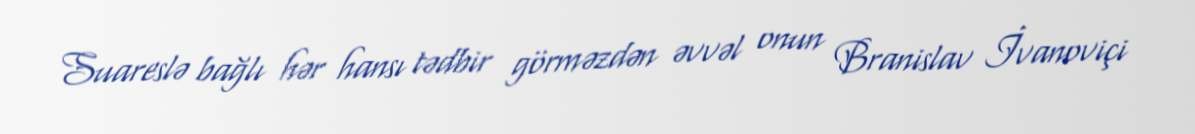
Suareslə bağlı hər hansı tədbir görməzdən əvvəl onun Branislav İvanoviçi